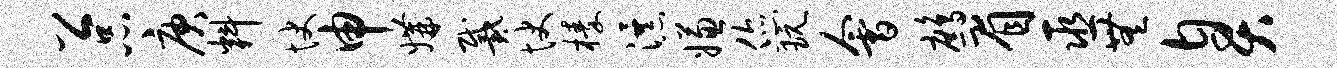
公品庚料快申媾戴快榛瀑嫌您玩会鹧眉巫无臭